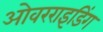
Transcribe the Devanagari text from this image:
ओवरराइडिंग